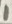
Text: 1